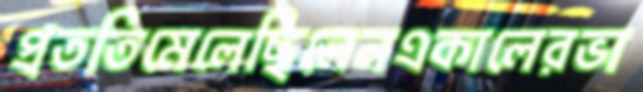
প্রততিমেলেছিলেনএকালেরভা